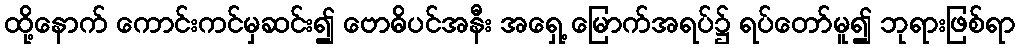
ထို့နောက် ကောင်းကင်မှဆင်း၍ ဗောဓိပင်အနီး အရှေ့ မြောက်အရပ်၌ ရပ်တော်မူ၍ ဘုရားဖြစ်ရာ